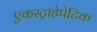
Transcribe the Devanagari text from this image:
एकस्ट्राहेपेटिक